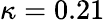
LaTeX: \kappa=0.21